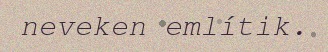
neveken említik.